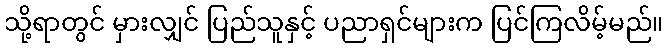
သို့ရာတွင် မှားလျှင် ပြည်သူနှင့် ပညာရှင်များက ပြင်ကြလိမ့်မည်။